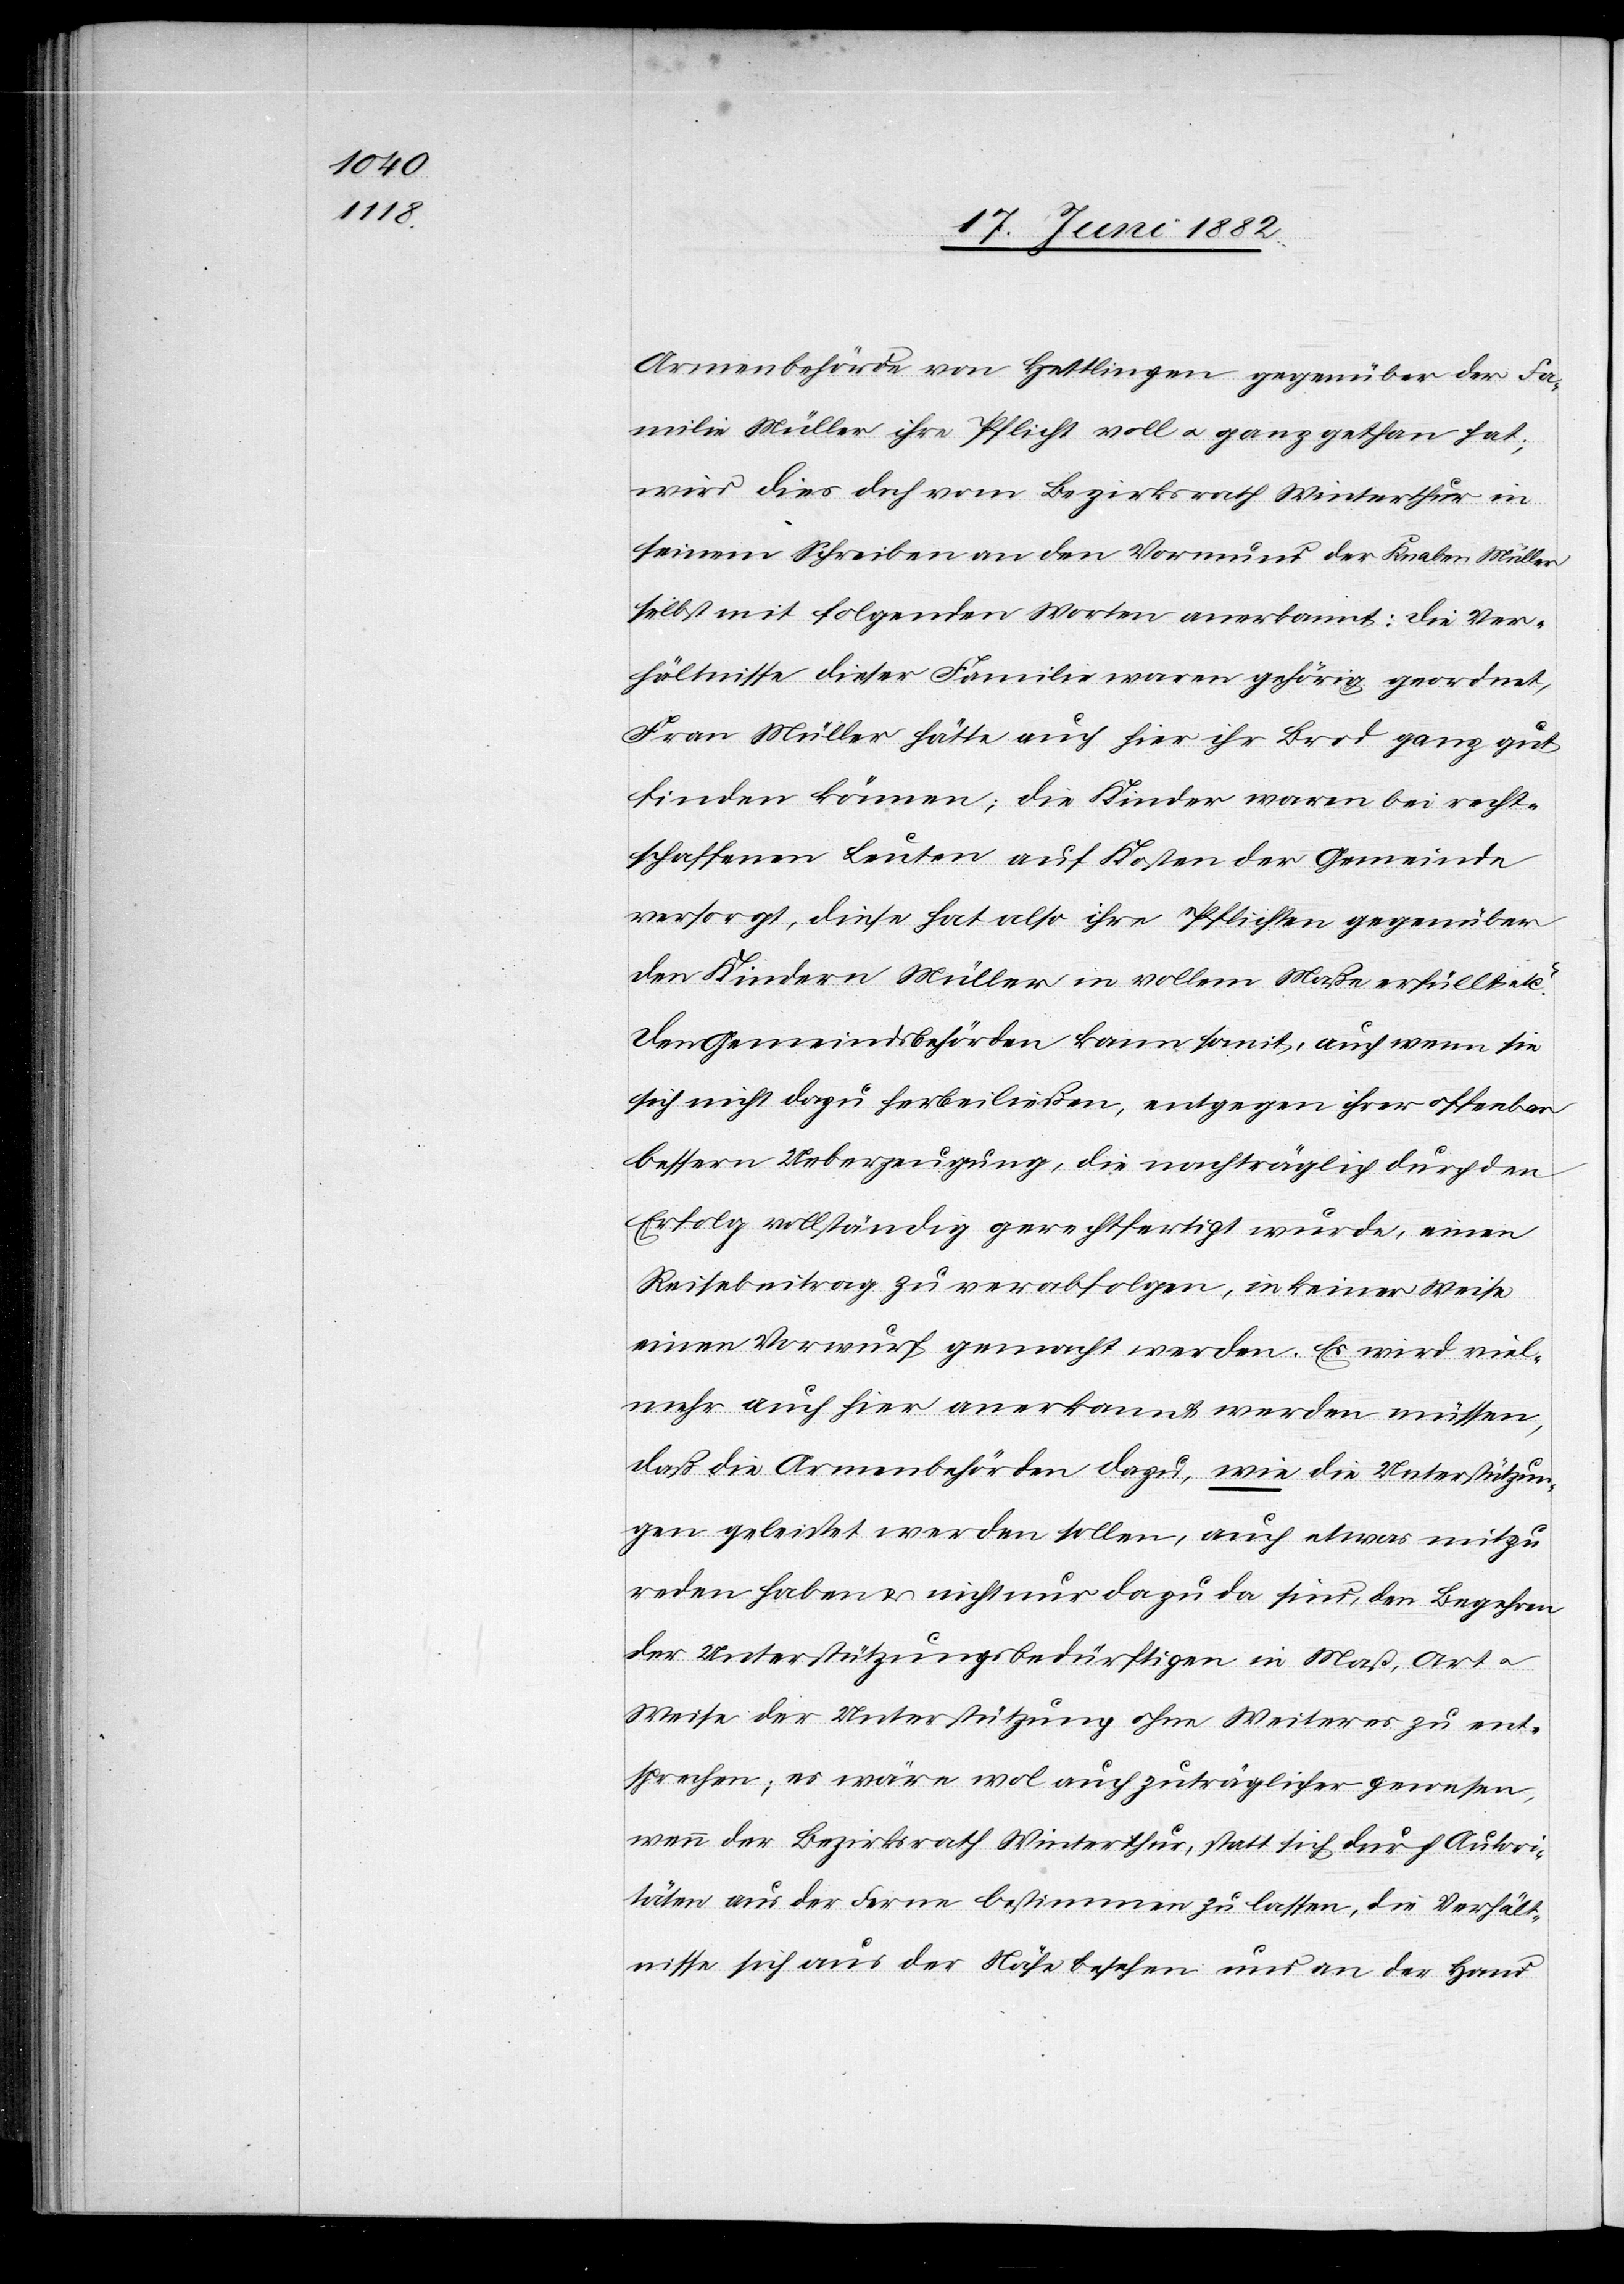
Armenbehörde von Hettlingen gegenüber der Fa¬
milie Müller ihre Pflicht voll u. ganz gethan hat;
wird dies doch vom Bezirksrathe Winterthur in
seinem Schreiben an den Vormund der Knaben Müller
selbst mit folgenden Worten anerkannt: „Die Ver¬
hältnisse dieser Familie waren gehörig geordnet,
Frau Müller hätte auch hier ihr Brod ganz gut
finden können; die Kinder waren bei recht¬
schaffenen Leuten auf Kosten der Gemeinde
versorgt, diese hat also ihre Pflichten gegenüber
den Kindern Müller in vollem Maße erfüllt etc.“
Den Gemeindebehörden kann soweit, auch wenn sie
sich nicht dazu herbeiließen, entgegen ihrer offenbar
bessern Ueberzeugung, die nachträglich durch den
Erfolg vollständig gerechtfertigt wurde, einen
Reisebeitrag zu verabfolgen, in keiner Weise
ein Vorwurf gemacht werden. Es wird viel¬
mehr auch hier anerkannt werden müssen,
daß die Armenbehörden dazu, wie die Unterstützun¬
gen geleistet werden sollen, auch etwas mitzu¬
reden haben & nicht nur dazu da sind, den Begehren
der Unterstützungsbedürftigen in Maß, Art u.
Weise der Unterstützung ohne Weiteres zu ent¬
sprechen; es wäre wol auch zuträglicher gewesen,
wenn der Bezirksrath Winterthur, statt sich durch Autori¬
täten aus der Ferne bestimmen zu lassen, die Verhält¬
nisse sich aus der Nähe besehen und an der Hand